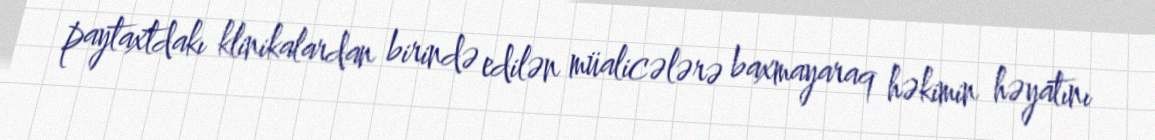
paytaxtdakı klinikalardan birində edilən müalicələrə baxmayaraq həkimin həyatını